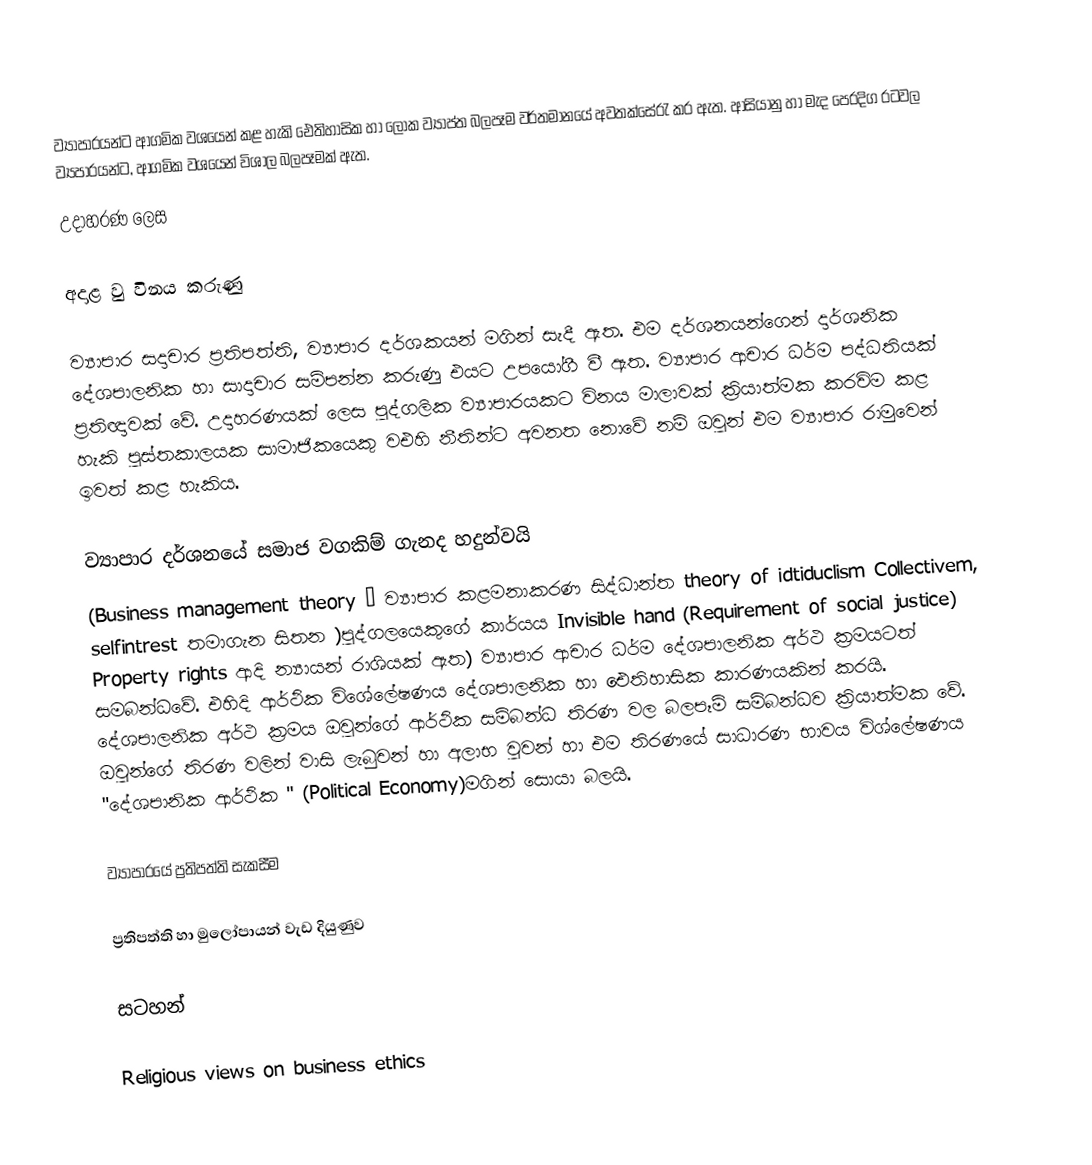
ව්‍යාපාරයන්ට ආගමික වශයෙන් කළ හැකි ඓතිහාසික හා ලෝක ව්‍යාප්ත බලපෑම වර්තමානයේ අවතක්සේරැ කර ඇත. ආසියානු හා මැද පෙරදිග රටවල ව්‍යපාරයන්ට, ආගමික වශයෙන් විශාල බලපෑමක් ඇත.
උදාහරණ ලෙස

අදාළ වු විනය කරුණු

ව්‍යාපාර සදාචාර ප්‍රතිපත්ති, ව්‍යාපාර දර්ශකයන් මගින් සැදී ඇත. එම දර්ශනයන්ගෙන් දාර්ශනික දේශපාලනික හා සාදාචාර සම්පන්න කරුණු එයට උපයෝගී වී ඇත. ව්‍යාපාර ආචාර ධර්ම පද්ධතියක් ප්‍රතිඥාවක් වේ. උදාහරණයක් ලෙස පුද්ගලික ව්‍යාපාරයකට විනය මාලාවක් ක්‍රියාත්මක කරවිම කළ හැකි පුස්තකාලයක සාමාජිකයෙකු වඑහි නීතින්ට  අවනත නොවේ නම් ඔවුන් එම ව්‍යාපාර රාමුවෙන් ඉවත් කළ හැකිය.

ව්‍යාපාර දර්ශනයේ සමාජ වගකිම් ගැනද හදුන්වයි
(Business management theory – ව්‍යාපාර කළමනාකරණ සිද්ධාන්ත  theory of idtiduclism   Collectivem, selfintrest තමාගැන සිතන )පුද්ගලයෙකුගේ කාර්යය  Invisible hand (Requirement of social justice) Property rights ආදි න්‍යායන් රාශියක් ඇත) ව්‍යාපාර ආචාර ධර්ම දේශපාලනික අර්ථ ක්‍රමයටත් සමබන්ධවේ. එහිදි ආර්ථික විශේලේෂණය දේශපාලනික හා ඓතිහාසික කාරණයකින් කරයි. දේශපාලනික අර්ථ ක්‍රමය ඔවුන්ගේ ආර්ථික සම්බන්ධ තිරණ වල බලපෑම් සම්බන්ධව ක්‍රියාත්මක වේ. ඔවුන්ගේ තිරණ වලින් වාසි ලැබුවන් හා අලාභ වුවන් හා එම තිරණයේ සාධාරණ භාවය විශ්ලේෂණය "දේශපානික ආර්ථික "  (Political Economy)මගින් සොයා බලයි.

ව්‍යාපාර‍‍‍‍යේ ප්‍රතිපත්ති සැකසීම

ප්‍රතිපත්ති හා මුලෝපායන් වැඩ දියුණුව

සටහන්

Religious views on business ethics